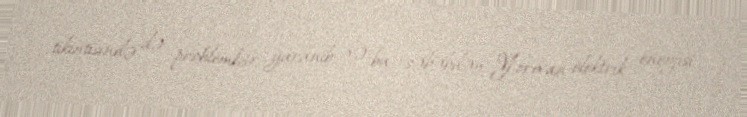
tikintisində də problemlər yaranıb və bu səbəbdən Yerevan elektrik enerjisi